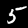
Digit: 5